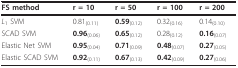
| FS method | r = 10 | r = 50 | r = 100 | r = 200 |
 | --- | --- | --- | --- | --- |
 | L1 SVM | 0.81(0.11) | 0.59(0.12) | 0.32(0.16) | 0.14(0.10) |
 | SCAD SVM | 0.96(0.06) | 0.65(0.12) | 0.28(0.12) | 0.16(0.07) |
 | Elastic Net SVM | 0.95(0.04) | 0.71(0.09) | 0.48(0.07) | 0.27(0.05) |
 | Elastic SCAD SVM | 0.92(0.11) | 0.67(0.13) | 0.42(0.09) | 0.27(0.06) |